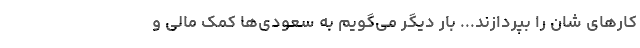
کارهای شان را بپردازند... بار دیگر می‌گویم به سعودی‌ها کمک مالی و